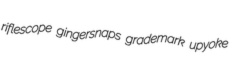
riflescope gingersnaps grademark upyoke